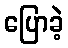
ပြောခဲ့